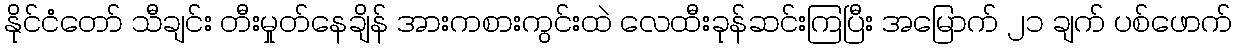
နိုင်ငံတော် သီချင်း တီးမှုတ်နေချိန် အားကစားကွင်းထဲ လေထီးခုန်ဆင်းကြပြီး အမြောက် ၂၁ ချက် ပစ်ဖောက်